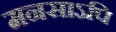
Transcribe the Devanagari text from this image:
मनसाऽपि